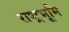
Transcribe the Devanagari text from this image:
राष्ट्रभूमि